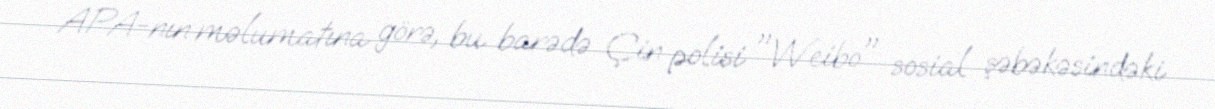
APA-nın məlumatına görə, bu barədə Çin polisi "Weibo" sosial şəbəkəsindəki